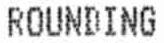
ROUNDING